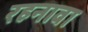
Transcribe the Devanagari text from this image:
रहनावा